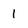
Character: 1